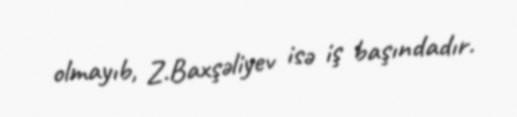
olmayıb, Z.Baxşəliyev isə iş başındadır.